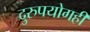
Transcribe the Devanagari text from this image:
दुरुपयोगही